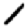
Digit: 1